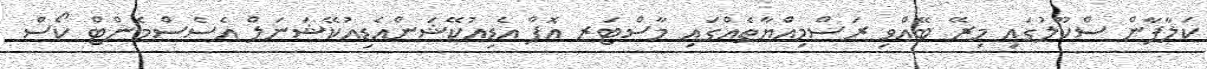
ކަލާފާން ސްކޫލުގައި މިރޭ ބޭއްވި ރަސްމިއްޔާތެއްގައި މާސްޓަރ އޮފް އެޑިއުކޭޝަންއެޑިއުކޭޝަނަލް އެސެސްމެންޓް ކޯސް